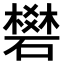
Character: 𥖎